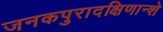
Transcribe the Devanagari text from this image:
जनकपुरादक्षिणान्शे